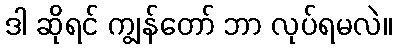
ဒါ ဆိုရင် ကျွန်တော် ဘာ လုပ်ရမလဲ။